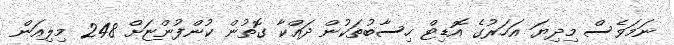
ނަމަވެސް މިދިޔަ އަހަރުގެ އޮޑިޓް ހިސާބުތަކުން ދައްކާ ގޮތުން ކުންފުންޏަށް 248 މިލިއަން